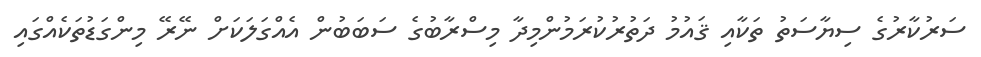
ސަރުކާރުގެ ސިޔާސަތު ތަކާއި ޤައުމު ދަތުރުކުރަމުންމިދާ މިސްރާބުގެ ސަބަބުން އެއްގަލަކަށް ނޭރޭ މިންގަޑުތަކެއްގައި